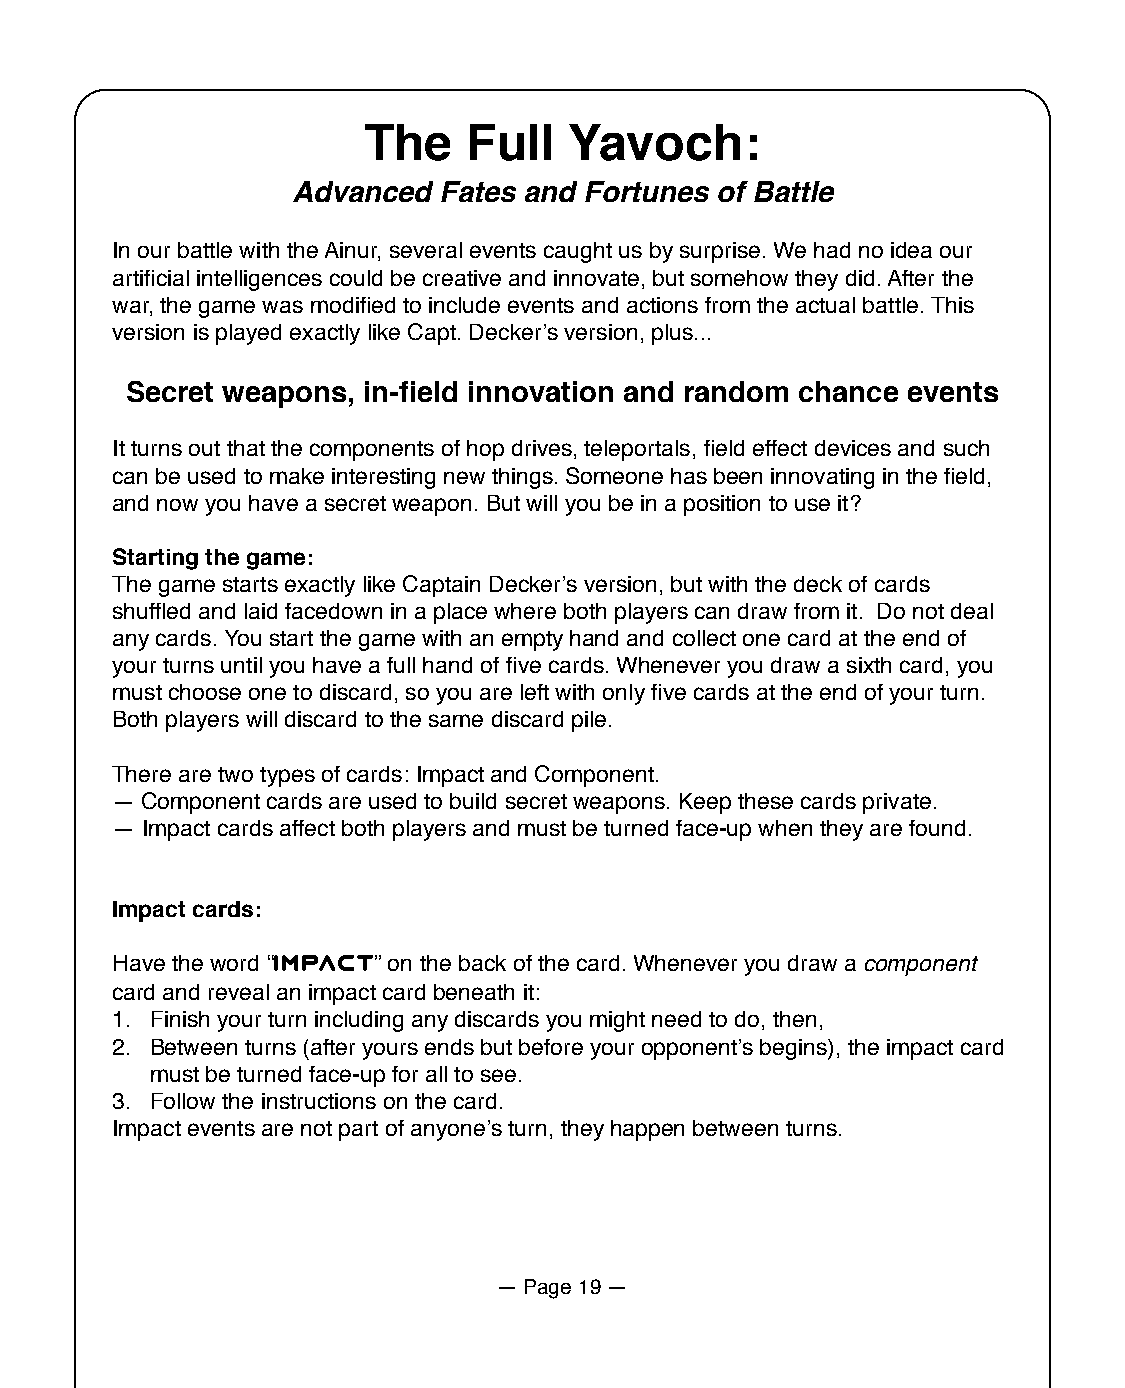
The    Full   Yavoch:
 Advanced  Fates and Fortunes of Battle
 In our battle with the Ainur, several events caught us by surprise. We had no idea our
 artificial intelligences could be creative and innovate, but somehow they did. After the
 war, the game was modified to include events and actions from the actual battle. This
 version is played exactly like Capt. Deckerʼs version, plus...
 Secret weapons, in-field innovation and random chance events
 It turns out that the components of hop drives, teleportals, field effect devices and such
 can be used to make interesting new things. Someone has been innovating in the field,
 and now you have a secret weapon. But will you be in a position to use it?
 Starting the game:
 The game starts exactly like Captain Deckerʼs version, but with the deck of cards
 shuffled and laid facedown in a place where both players can draw from it. Do not deal
 any cards. You start the game with an empty hand and collect one card at the end of
 your turns until you have a full hand of five cards. Whenever you draw a sixth card, you
 must choose one to discard, so you are left with only five cards at the end of your turn.
 Both players will discard to the same discard pile.
 There are two types of cards: Impact and Component.
 — Component cards are used to build secret weapons. Keep these cards private.
 — Impact cards affect both players and must be turned face-up when they are found.
 Impact cards:
 Have the word “impact” on the back of the card. Whenever you draw a component
 card and reveal an impact card beneath it:
 1. Finish your turn including any discards you might need to do, then,
 2. Between turns (after yours ends but before your opponentʼs begins), the impact card
 must be turned face-up for all to see.
 3. Follow the instructions on the card.
 Impact events are not part of anyoneʼs turn, they happen between turns.
 — Page 19 —